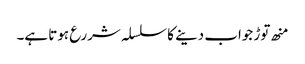
منھ توڑ جواب دینے کا سلسلہ شررع ہوتا ہے۔